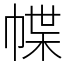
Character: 幉